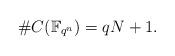
LaTeX: \begin{align*}\#C(\mathbb F_{q^n})=qN+1.\end{align*}